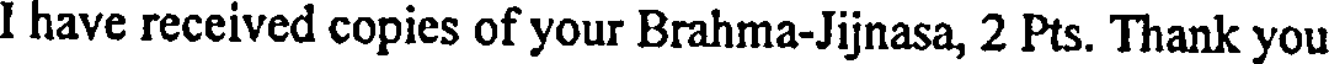
I have received copies of your Brahma-Jijnasa, 2 Pts. Thank you